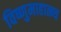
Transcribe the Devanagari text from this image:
विष्णुमाहात्म्य